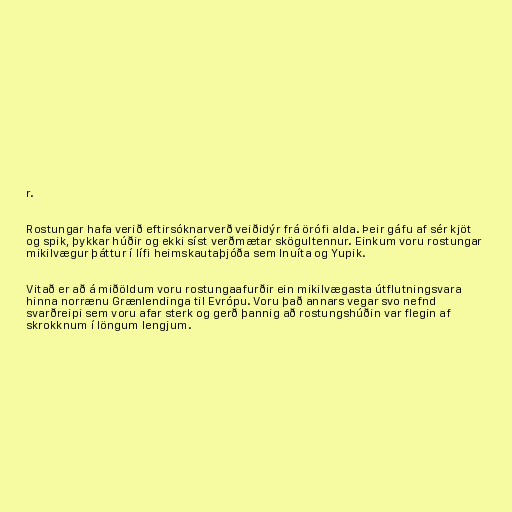
r.

Rostungar hafa verið eftirsóknarverð veiðidýr frá örófi alda. Þeir gáfu af sér kjöt
og spik, þykkar húðir og ekki síst verðmætar skögultennur. Einkum voru rostungar
mikilvægur þáttur í lífi heimskautaþjóða sem Inuíta og Yupik.

Vitað er að á miðöldum voru rostungaafurðir ein mikilvægasta útflutningsvara
hinna norrænu Grænlendinga til Evrópu. Voru það annars vegar svo nefnd
svarðreipi sem voru afar sterk og gerð þannig að rostungshúðin var flegin af
skrokknum í löngum lengjum.